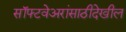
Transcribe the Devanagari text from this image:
सॉफ्टवेअरांसाठीदेखील